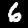
Label: 6